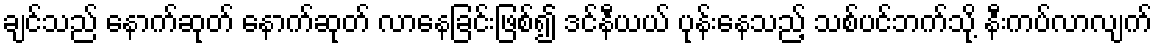
ချင်သည် နောက်ဆုတ် နောက်ဆုတ် လာနေခြင်းဖြစ်၍ ဒင်နီယယ် ပုန်းနေသည့် သစ်ပင်ဘက်သို့ နီးကပ်လာလျက်